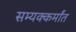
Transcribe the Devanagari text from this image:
सम्यक्कर्मांत